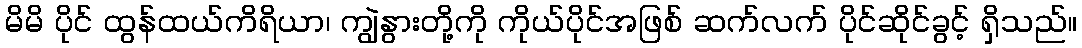
မိမိ ပိုင် ထွန်ထယ်ကိရိယာ၊ ကျွဲနွားတို့ကို ကိုယ်ပိုင်အဖြစ် ဆက်လက် ပိုင်ဆိုင်ခွင့် ရှိသည်။